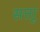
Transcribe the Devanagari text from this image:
सत्ताू